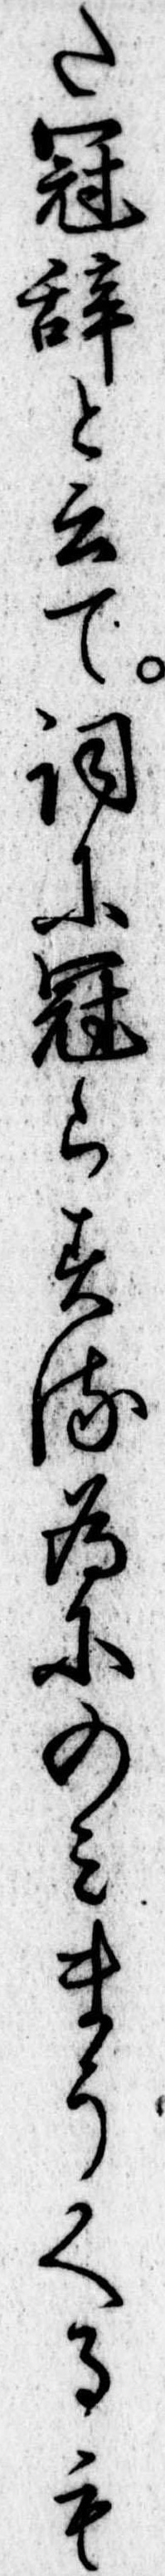
た冠辞と云て詞に冠らする為にのみまうくるも